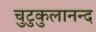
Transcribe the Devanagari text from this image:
चुटुकुलानन्द